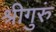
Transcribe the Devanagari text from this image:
श्रीगुरुं